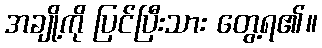
အချို့ကို ပြင်ပြီးသား တွေ့ရ၏။